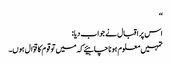
‘‘
اس پر اقبال نے جواب دیا:
تمہیں معلوم ہونا چاہیئے کہ میں تو قوم کا قوّال ہوں۔